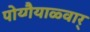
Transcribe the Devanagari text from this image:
पोय्गैयाळ्वार्